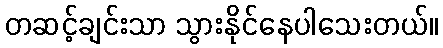
တဆင့်ချင်းသာ သွားနိုင်နေပါသေးတယ်။